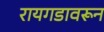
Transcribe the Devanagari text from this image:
रायगडावरून